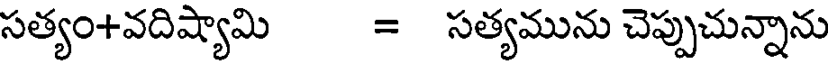
సత్యం+వదిష్యామి = సత్యమును చెప్పుచున్నాను